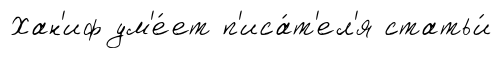
Хан'иф ум'е́ет п'иса́т'ел'я статьи́